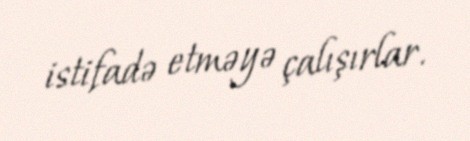
istifadə etməyə çalışırlar.